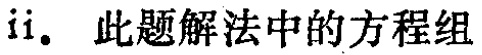
ii. 此题解法中的方程组